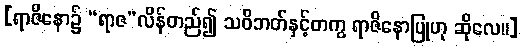
[ရာဇိနော၌ “ရာဇ”လိန်တည်၍ သဝိဘတ်နှင့်တကွ ရာဇိနောပြုဟု ဆိုလေ။]